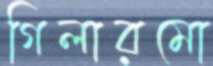
গিলারমো